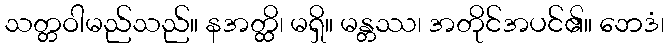
သတ္တဝါမည်သည်။ နအတ္ထိ၊ မရှိ။ မန္တဿ၊ အတိုင်အပင်၏။ ဘေဒံ၊